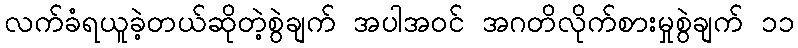
လက်ခံရယူခဲ့တယ်ဆိုတဲ့စွဲချက် အပါအဝင် အဂတိလိုက်စားမှုစွဲချက် ၁၁